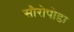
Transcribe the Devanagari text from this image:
सौरोपोडा